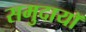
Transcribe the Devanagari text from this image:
समुदायॉ